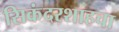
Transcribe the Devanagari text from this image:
सिकंदरशाहचा